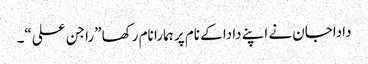
داداجان نے اپنے دادا کے نام پر ہمارا نام رکھا ”راجن علی“۔